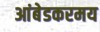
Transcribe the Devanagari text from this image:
आंबेडकरमय